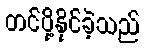
တင်ပို့နိုင်ခဲ့သည်